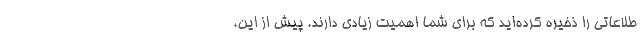
طلاعاتی را ذخیره کرده‌اید که برای شما اهمیت زیادی دارند. پیش از این،